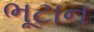
ભૂટાન